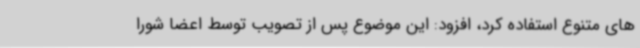
های متنوع استفاده کرد، افزود: این موضوع پس از تصویب توسط اعضا شورا